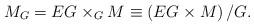
LaTeX: \begin{align*}M_{G} = EG \times_{G} M \equiv \left(EG \times M\right)/G.\end{align*}